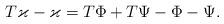
LaTeX: \begin{align*} T\varkappa - \varkappa = T\Phi + T\Psi - \Phi - \Psi.\end{align*}